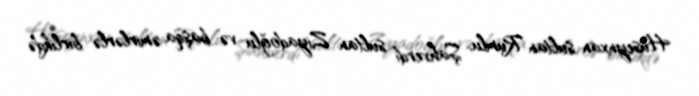
Hüseynxan sultan Rumlu, Şahverdi sultan Ziyadoğlu və başqa əmirlərlə birlikdə